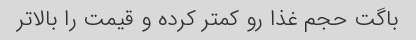
باگت حجم غذا رو کمتر کرده و قیمت را بالاتر